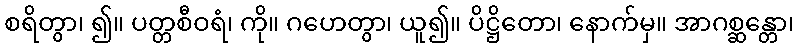
စရိတွာ၊ ၍။ ပတ္တစီဝရံ၊ ကို။ ဂဟေတွာ၊ ယူ၍။ ပိဋ္ဌိတော၊ နောက်မှ။ အာဂစ္ဆန္တော၊